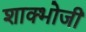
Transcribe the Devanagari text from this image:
शाक्भोजी